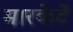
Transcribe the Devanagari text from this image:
मारकेटें